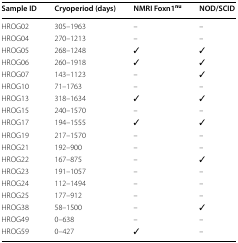
| Sample ID | Cryoperiod (days) | NMRI Foxn1nu | NOD/SCID |
 | --- | --- | --- | --- |
 | HROG02 | 305–1963 | – | – |
 | HROG04 | 270–1213 | – | – |
 | HROG05 | 268–1248 | ✓ | ✓ |
 | HROG06 | 260–1918 | ✓ | ✓ |
 | HROG07 | 143–1123 | – | ✓ |
 | HROG10 | 71–1763 | – | – |
 | HROG13 | 318–1634 | ✓ | ✓ |
 | HROG15 | 240–1570 | – | – |
 | HROG17 | 194–1555 | ✓ | ✓ |
 | HROG19 | 217–1570 | – | – |
 | HROG21 | 192–900 | – | – |
 | HROG22 | 167–875 | – | ✓ |
 | HROG23 | 191–1057 | – | – |
 | HROG24 | 112–1494 | – | – |
 | HROG25 | 177–912 | – | – |
 | HROG38 | 58–1500 | – | ✓ |
 | HROG49 | 0–638 | – | – |
 | HROG59 | 0–427 | ✓ | – |